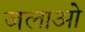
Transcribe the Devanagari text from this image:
जलाओ